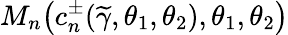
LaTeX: M_{n}\big(c_{n}^{\pm}(\widetilde{\gamma},\theta_{1},\theta_{2}),\theta_{1},\theta_{2}\big)